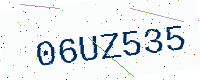
Text: 06UZ535